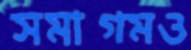
সমাগমও